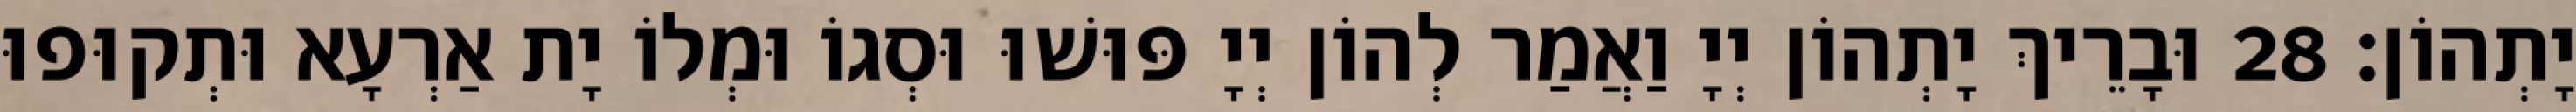
יָתְהוֹן׃ 28 וּבָרֵיךְ יָתְהוֹן יְיָ וַאֲמַר לְהוֹן יְיָ פּוּשׁוּ וּסְגוֹ וּמְלוֹ יָת אַרְעָא וּתְקוּפוּ